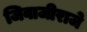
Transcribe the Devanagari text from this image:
जिवाजीराजे